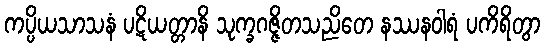
ကပ္ပိယသာသနံ ပဋိယတ္တာနိ သုက္ခဂဇ္ဇိတသညိတေ နဿနဝါရံ ပကိရိတွာ